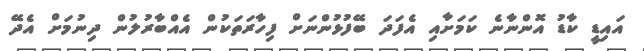
އައިޑީ ކާޑު އޮންނާނެ ކަމަށާއި އެފަދަ ބޭފުޅުންނަށް ފިހާރަތަކުން އެއްބާރުލުން ދިނުމަށް އެދޭ